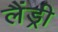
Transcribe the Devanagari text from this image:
लैंड्री